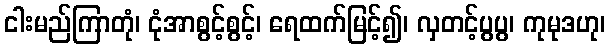
ငါးမည်ကြာတုံ၊ ငုံအာစွင့်စွင့်၊ ရေထက်မြင့်၍၊ လှတင့်ပွပွ၊ ကုမုဒဟု၊